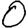
Digit: 0